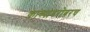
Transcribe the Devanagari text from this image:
काव्याबरोबरच